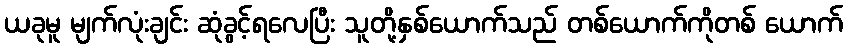
ယခုမူ မျက်လုံးချင်း ဆုံခွင့်ရလေပြီး သူတို့နှစ်ယောက်သည် တစ်ယောက်ကိုတစ် ယောက်